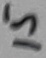
Text: 15